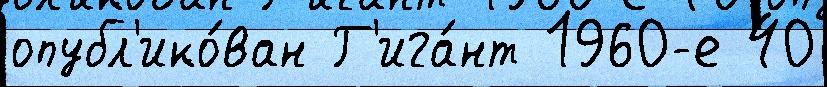
опубл'ико́ван Г'ига́нт 1960-е 40